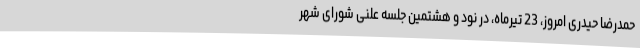
حمدرضا حیدری امروز، 23 تیرماه، در نود و هشتمین جلسه علنی شورای شهر